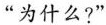
“为什么?”